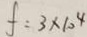
f = 3 \times 1 0 ^ { 4 }